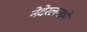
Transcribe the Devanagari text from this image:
नेदेरलन्ड्मे